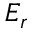
E _ { r }